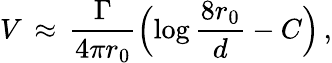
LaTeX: V\, \approx\, \frac{\Gamma}{4\pi r_{0}}\Bigl(\log\frac{8r_{0}}{d}-C\Bigr)\, ,